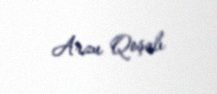
Arzu Qoşalı